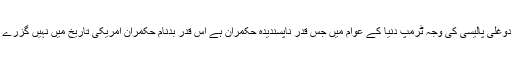
اس دوغلی پالیسی کی وجہ ٹرمپ دنیا کے عوام میں جس قدر ناپسندیدہ حکمران ہے اس قدر بدنام حکمران امریکی تاریخ میں نہیں گزرے ہیں۔